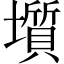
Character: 𡒻